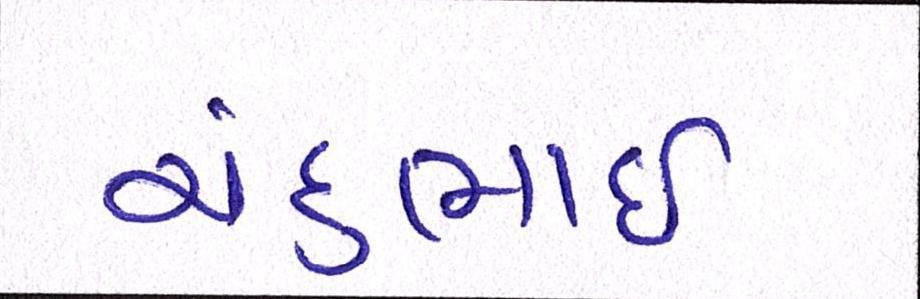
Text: ચંદુભાઈ